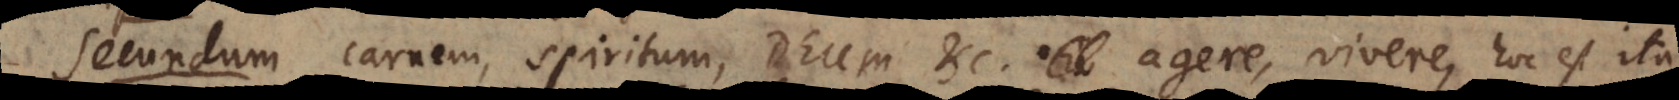
Secundum carnem, spiritum, Deum etc. agere, vivere, hoc est ita